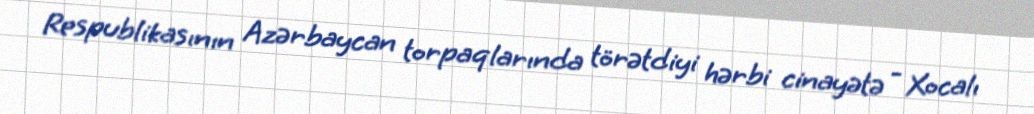
Respublikasının Azərbaycan torpaqlarında törətdiyi hərbi cinayətə - Xocalı